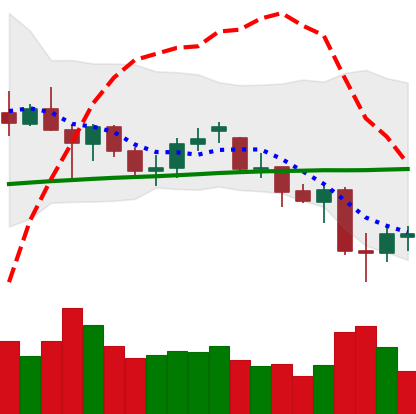
Ticker: ETH-USD
Chart end date: 2021-06-24
Forward return: 8.666%
Label: up_7plus